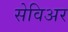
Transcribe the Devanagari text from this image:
सेविअर